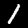
Digit: 1